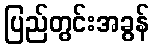
ပြည်တွင်းအခွန်